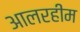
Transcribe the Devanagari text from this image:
आलरहीम